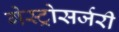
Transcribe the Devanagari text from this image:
गेस्ट्रोसर्जरी